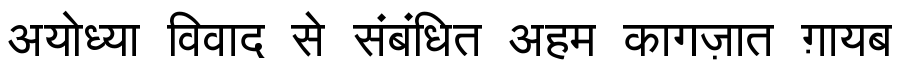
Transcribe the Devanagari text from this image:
अयोध्या विवाद से संबंधित अहम कागज़ात ग़ायब